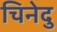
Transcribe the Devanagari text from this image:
चिनेदु